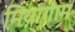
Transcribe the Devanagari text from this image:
मियागाम